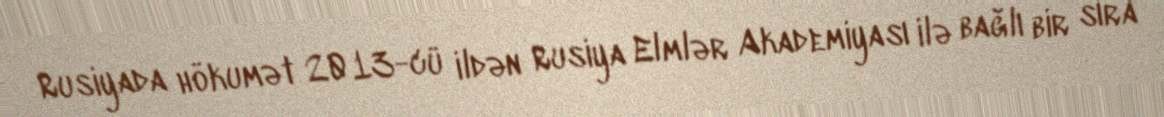
Rusiyada hökumət 2013-cü ildən Rusiya Elmlər Akademiyası ilə bağlı bir sıra